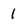
Character: 1